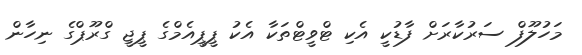
މަހުލޫފް ސަރުކާރަށް ފާޑުކީ އެކި ޓްވީޓްތަކާ އެކު ޕީޕީއެމްގެ ޕީޖީ ގްރޫޕްގެ ނިހާން